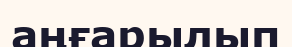
аңғарылып